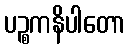
ပဉ္စကနိပါတော